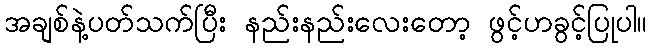
အချစ်နဲ့ပတ်သက်ပြီး နည်းနည်းလေးတော့ ဖွင့်ဟခွင့်ပြုပါ။